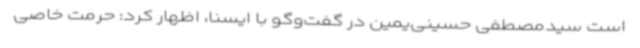
است سیدمصطفی حسینی‌یمین در گفت‌وگو با ایسنا، اظهار کرد: حرمت خاصی